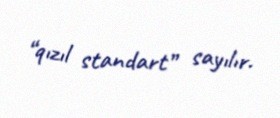
“qızıl standart” sayılır.